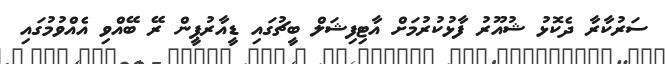
ސަރުކާރާ ދެކޮޅު ޝުއޫރު ފާޅުކުރުމަށް އާޓިފިޝަލް ބީޗުގައި ޑީއާރުޕީން ރޭ ބޭއްވި އެއްވުމުގައި